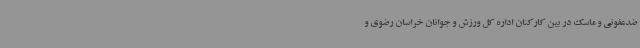
ضدعفونی و ماسک در بین کارکنان اداره کل ورزش و جوانان خراسان رضوی و